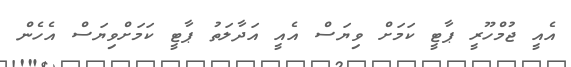
އެއީ ޖުމްހޫރީ ޕާޓީ ކަމަށް ވިޔަސް އެއީ އަދާލަތު ޕާޓީ ކަމަށްވިޔަސް އެހެން